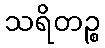
သရိတဉ္စ